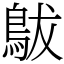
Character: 䳁